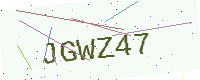
Text: JGWZ47